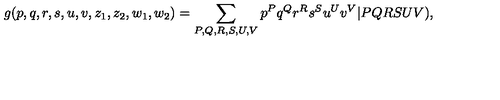
g ( p , q , r , s , u , v , z _ { 1 } , z _ { 2 } , w _ { 1 } , w _ { 2 } ) = \sum _ { P , Q , R , S , U , V } p ^ { P } q ^ { Q } r ^ { R } s ^ { S } u ^ { U } v ^ { V } \vert P Q R S U V ) ,